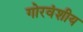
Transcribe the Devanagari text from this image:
गोरवंशीय